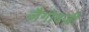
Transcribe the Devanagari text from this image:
ज़ैगोवज़ी